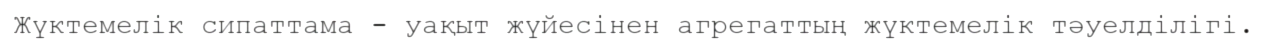
Жүктемелік сипаттама - уақыт жүйесінен агрегаттың жүктемелік тәуелділігі.